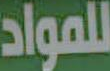
للمواد